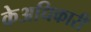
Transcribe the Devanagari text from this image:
केअधिकारी